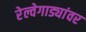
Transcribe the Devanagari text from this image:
रेल्वेगाड्यांवर